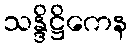
သန္ဒိဋ္ဌိကေန